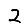
Digit: 2